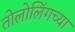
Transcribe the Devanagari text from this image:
तोलोलिंगच्या